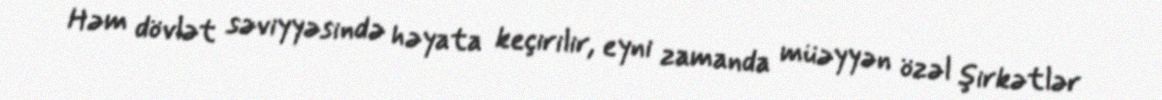
Həm dövlət səviyyəsində həyata keçirilir, eyni zamanda müəyyən özəl şirkətlər